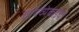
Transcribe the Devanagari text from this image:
वायव्येकडचा